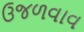
ઉજળવાવ